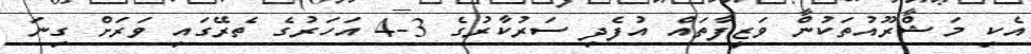
އެކި މަޝްރޫއުތަކުން ވަޒީފާތައް އުފެދި ސަރުކާރުގެ 3-4 އަހަރުގެ ތެރޭގައި ވަރަށް ގިނަ